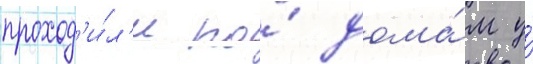
проход'и́л'и по́ дома́м у́